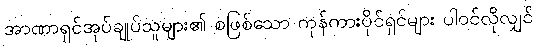
အာဏာရှင်အုပ်ချုပ်သူများ၏ စဖြစ်သော ကုန်ကားပိုင်ရှင်များ ပါဝင်လိုလျှင်